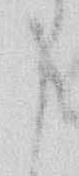
身